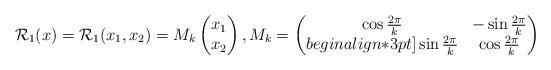
LaTeX: \begin{align*} \mathcal R_1 (x)= \mathcal R_1 (x_1,x_2) = {M}_k \begin{pmatrix} x_1\\x_2 \end{pmatrix},{M}_k= \begin{pmatrix} \cos\frac{2\pi}{k}& -\sin\frac{2\pi}{k}\\begin{align*}3pt] \sin\frac{2\pi}{k}& \cos\frac{2\pi}{k} \end{pmatrix}\end{align*}